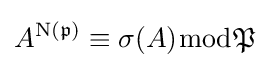
A^{\mathrm {N} ({\mathfrak {p}})}\equiv \sigma (A){\bmod {\mathfrak {P}}}